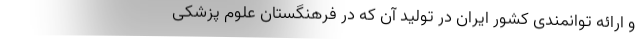
و ارائه توانمندی کشور ایران در تولید آن که در فرهنگستان علوم پزشکی